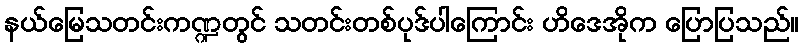
နယ်မြေသတင်းကဏ္ဍတွင် သတင်းတစ်ပုဒ်ပါကြောင်း ဟိဒေအိုက ပြောပြသည်။